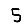
Digit: 5